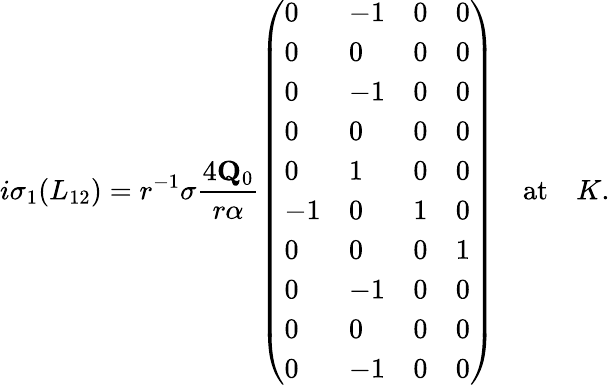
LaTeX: i\sigma_{1}(L_{12})=r^{-1}\sigma\frac{4\mathbf{Q}_{0}}{r\alpha}\left(\begin{array}{llll}{0}&{-1}&{0}&{0}\\ {0}&{0}&{0}&{0}\\ {0}&{-1}&{0}&{0}\\ {0}&{0}&{0}&{0}\\ {0}&{1}&{0}&{0}\\ {-1}&{0}&{1}&{0}\\ {0}&{0}&{0}&{1}\\ {0}&{-1}&{0}&{0}\\ {0}&{0}&{0}&{0}\\ {0}&{-1}&{0}&{0}\end{array}\right)\quad\mathrm{at}\quad K.